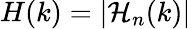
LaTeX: H(k)=\left|\mathcal{H}_{n}(k)\right|